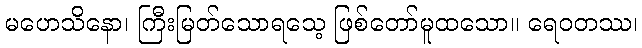
မဟေသိနော၊ ကြီးမြတ်သောရသေ့ ဖြစ်တော်မူထသော။ ရေဝတဿ၊